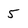
Character: 5